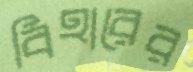
বিহারের